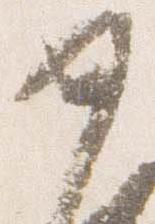
女